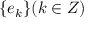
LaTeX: \{ e _ { k } \} ( k \in Z )